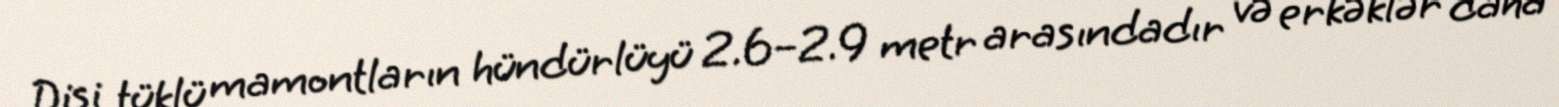
Dişi tüklü mamontların hündürlüyü 2.6–2.9 metr arasındadır və erkəklər daha